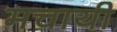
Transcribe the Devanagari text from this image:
मचायी